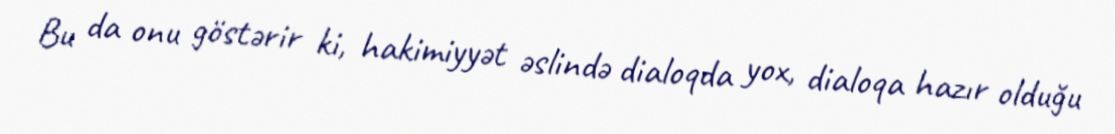
Bu da onu göstərir ki, hakimiyyət əslində dialoqda yox, dialoqa hazır olduğu